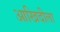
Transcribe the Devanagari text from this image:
आखिदीला